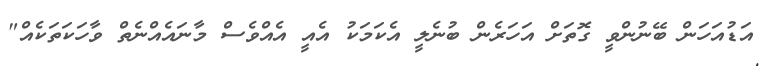
އަޑުއަހަން ބޭނުންވީ ގޮތަށް އަހަރެން ބުނެލީ އެކަމަކު އެއީ އެއްވެސް މާނައެއްނެތް ވާހަކަތަކެއް"